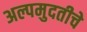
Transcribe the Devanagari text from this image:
अल्पमुदतीचे